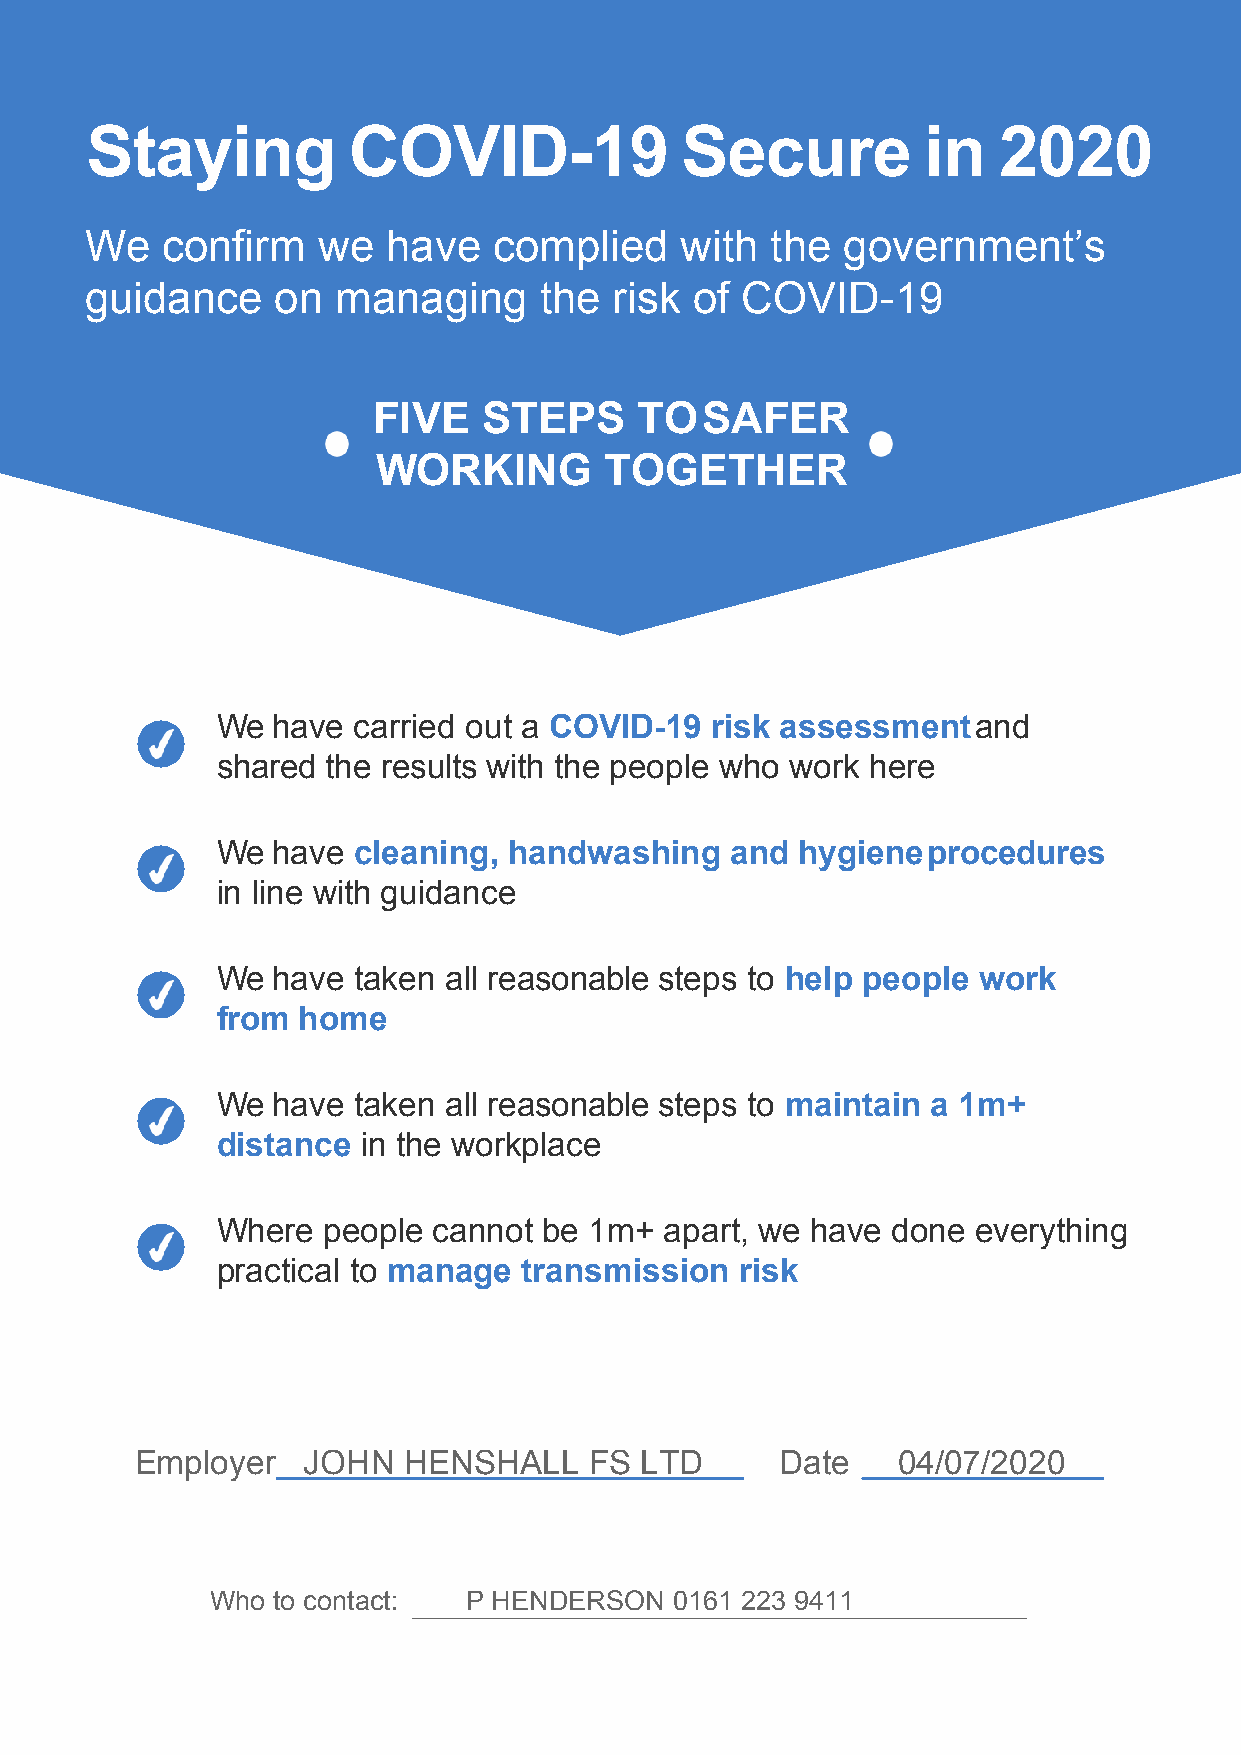
Staying          COVID-19              Secure          in   2020
 We   confirm   we   have   complied    with  the  government’s
 guidance    on  managing      the  risk of COVID-19
 FIVE   STEPS     TO   SAFER
 WORKING        TOGETHER
 We  have carried out a COVID-19  risk assessment   and
 shared  the results with the people who work here
 We  have cleaning,  handwashing   and  hygiene procedures
 in line with guidance
 We  have taken all reasonable steps to help people work
 from  home
 We  have taken all reasonable steps to maintain a 1m+
 distance  in the workplace
 Where  people  cannot be 1m+  apart, we have done  everything
 practical to manage  transmission  risk
 Employer   JOHN   HENSHALL    FS LTD       Date   04/07/2020
 Who to contact:  P HENDERSON   0161 223 9411